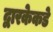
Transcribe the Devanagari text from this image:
द्वारकेकडे